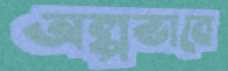
অল্পভাবে